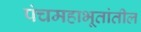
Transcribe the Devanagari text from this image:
पंचमहाभूतांतील